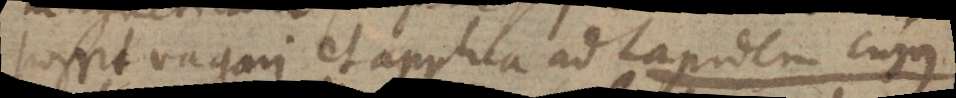
possit vagari et applica ad Lapidem cujus